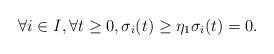
LaTeX: \begin{align*}\forall i \in I, \forall t \ge 0, \sigma_i(t) \ge \eta_1 \sigma_i(t)=0.\end{align*}